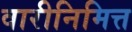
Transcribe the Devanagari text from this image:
वारीनिमित्त